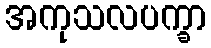
အကုသလပက္ခာ